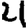
Digit: 4